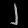
Digit: ၂